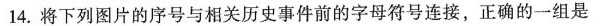
14.将下列图片的序号与相关历史事件前的字母符号连接，正确的一组是